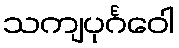
သကျပုင်္ဂဝေါ